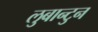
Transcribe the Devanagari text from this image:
लुबान्टुन